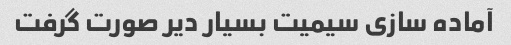
آماده سازی سیمیت بسیار دیر صورت گرفت